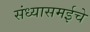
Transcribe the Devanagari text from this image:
संध्यासमईचे